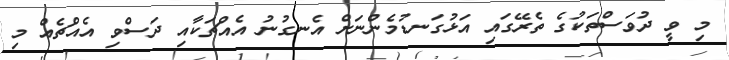
މި ވީ ދުވަސްތަކުގެ ތެރޭގައި އަޅުގަނޑުމެންނަށް އެނގުނު އެއްޗަކާއި ދަސްވި އެއްޗެއް މި